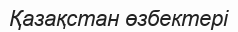
Қазақстан өзбектері